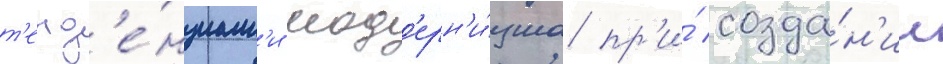
т'енд'е́нциам'и мод'ерн'и́зма пр'и́ созда́н'ии